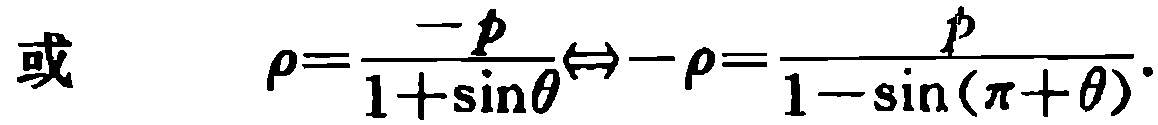
或 \(\rho=\frac{-p}{1 + \sin\theta}\Leftrightarrow-\rho=\frac{p}{1 - \sin(\pi+\theta)}\)